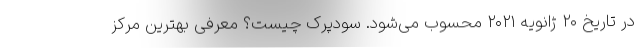
در تاریخ ۲۰ ژانویه ۲۰۲۱ محسوب می‌شود. سودپرک چیست؟ معرفی بهترین مرکز